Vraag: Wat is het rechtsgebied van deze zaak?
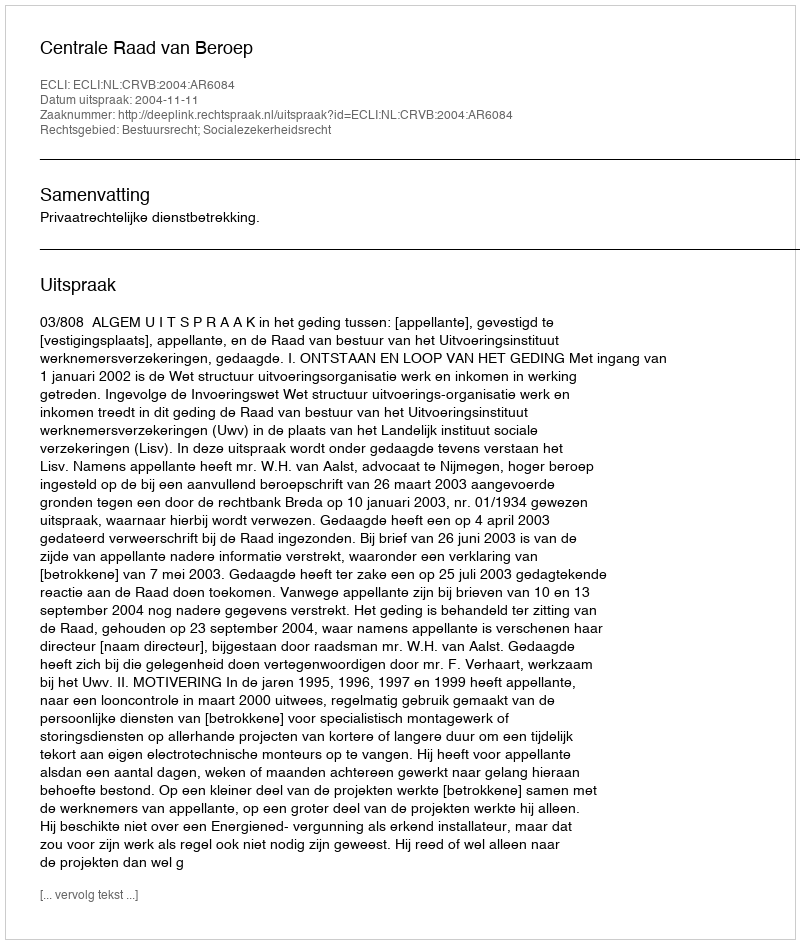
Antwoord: Bestuursrecht; Socialezekerheidsrecht